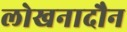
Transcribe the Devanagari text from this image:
लोखनादौन